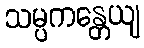
သမ္ပကန္တေယျ